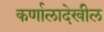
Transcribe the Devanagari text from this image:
कर्णालादेखील